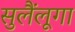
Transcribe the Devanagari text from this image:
सुलैंलूगा